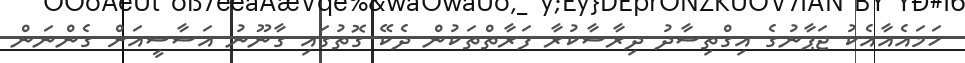
ހަމައެއާއެކު ޖަޕާނުގެ އިގްތިސާދު ދިރާސާކުރާ ފަރާތްތަކުން ދެކޭ ގޮތުގައި ގާނޫނު އަސާސީއަށް ގެންނަން